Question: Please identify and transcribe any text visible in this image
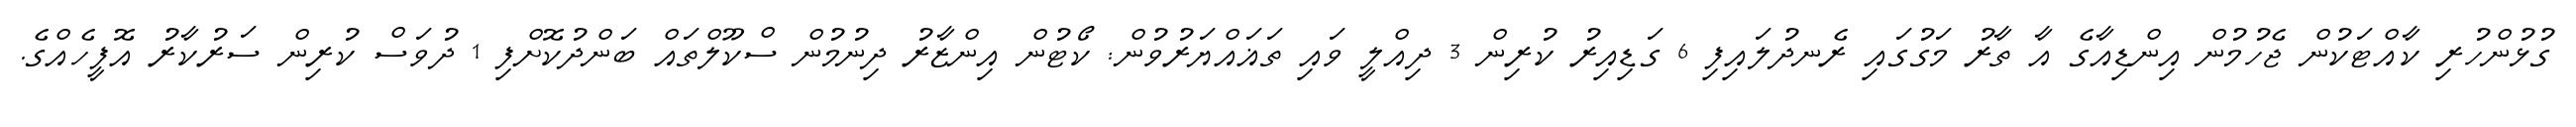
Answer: ގުޅުންހުރި ކާއްޓަކުން ޖެހުމުން އިންޑިއާގެ އާ ތާރު މަގުގައި ރެނދުލައިފި 6 ގަޑިއިރު ކުރިން 3 ދިއްލީ ވައި ތަޣައްޔަރުވުން: ކޯޓުން އިންޒާރު ދިނުމުން ސްކޫލްތައް ބަންދުކޮށްފި 1 ދުވަސް ކުރިން ސަރުކާރު އޮފީހެއްގެ.